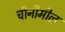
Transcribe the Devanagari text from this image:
चीनीमील